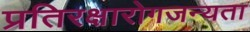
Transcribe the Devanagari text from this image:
प्रतिरक्षारोगजन्यता